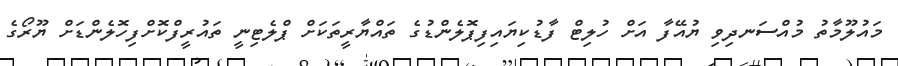
މައުލޫމާތު މުއްސަނދިވި ޔުއޭފާ އަށް ހުލިޓް ފާޑުކިޔައިފިޕޮލެންޑުގެ ތައްޔާރީތަކަށް ޕްލެޓިނީ ތައުރީފްކޮށްފިހޮލެންޑަށް ޔޫރޯގެ